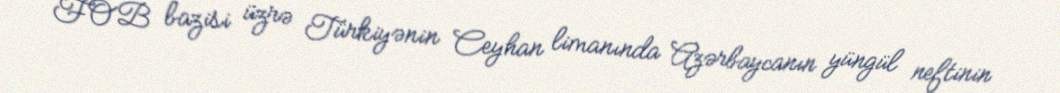
FOB bazisi üzrə Türkiyənin Ceyhan limanında Azərbaycanın yüngül neftinin